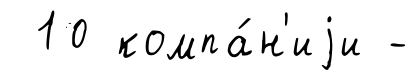
10 компа́н'иjи -